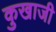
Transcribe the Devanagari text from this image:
कुखाजी